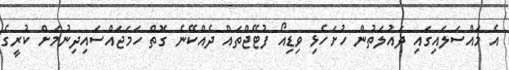
އެ މައްސަލައިގައި ދައުލަތުން ހުށަހެޅި ވިޑިއޯ ފުޓޭޖްތައް ދެއްކޭނެ ގޮތް ހަމަޖައްސައިދިނުމަށް ކުރީގެ